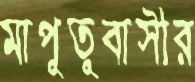
মাপুতুবাসীর